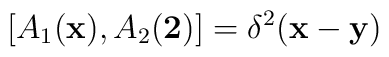
[A_{1}({\bf x}),A_{2}({\bf 2})]=\delta ^{2}({\bf x}-{\bf y})